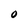
Character: O